Report on vaccination in Madras 1895-1903 - 1895-1903
Year: 1895
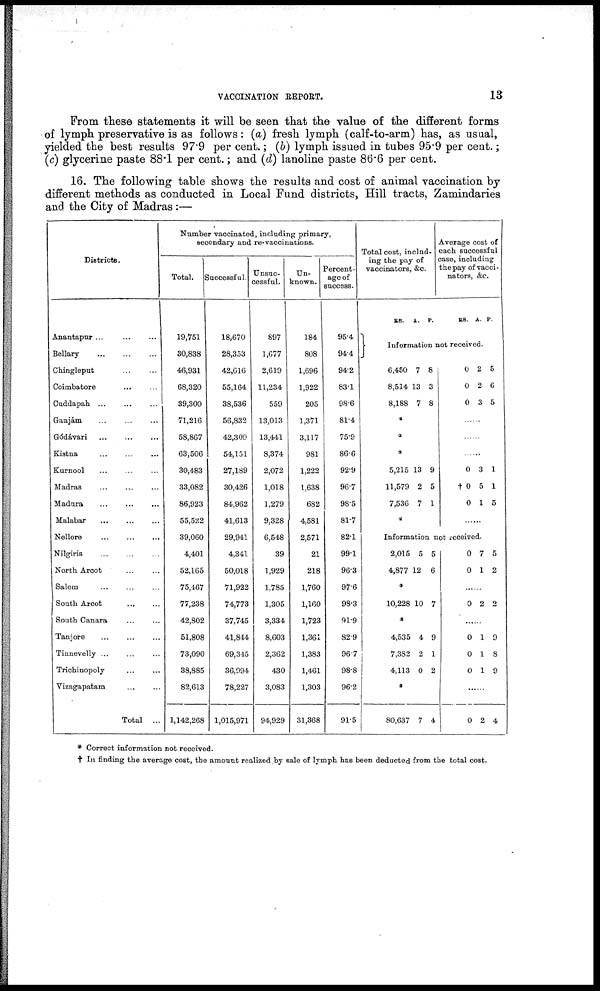
VACCINATION REPORT.
13
From these statements it will be seen that the value of the different forms
of lymph preservative is as follows: (a) fresh lymph (calf-to-arm) has, as usual,
yielded the best results 97.9 per cent.; (b) lymph issued in tubes 95.9 per cent.;
(c) glycerine paste 88.1 per cent.; and (d) lanoline paste 86.6 per cent.
16. The following table shows the results and cost of animal vaccination by
different methods as conducted in Local Fund districts, Hill tracts, Zamindaries
and the City of Madras:—
Districts.
Anantapur
...
...
...
Bellary
...
...
...
Chingleput ... ...
Coimbatore ... ...
Cuddapah ... ... ...
Ganjám ... ... ...
Gódávari
...
...
...
Kistna ... ... ...
Kurnool ... ... ...
Madras
...
...
...
Madura
...
...
...
Malabar
...
...
...
Nellore
...
...
...
Nilgiris ... ... ...
North Arcot ... ...
Salem ... ... ...
South Arcot ... ...
South Canara ... ...
Tanjore
...
...
...
Tinnevelly ... ... ...
Trichinopoly ... ...
Vizagapatam
...
...
Total ...
Number vaccinated, including primary,
secondary and re-vaccinations.
Total.
19,751
30,838
46,931
68,320
39,300
71,216
58,867
63,506
30,483
33,082
86,923
55,522
39,060
4,401
52,165
75,467
77,238
42,802
51,808
73,090
38,885
82,613
1,142,268
Successful.
18,670
28,353
42,616
55,164
38,536
56,832
42,309
54,151
27,189
30,426
84,962
41,613
29,941
4,341
50,018
71,922
74,773
37,745
41,844
69,345
36,994
78,227
1,015,971
Unsuc-
cessful.
897
1,677
2,619
11,234
559
13,013
13,441
8,374
2,072
1,018
1,279
9,328
6,548
39
1,929
1,785
1,305
3,334
8,603
2,362
430
3,083
94,929
Un-
known.
184
808
1,696
1,922
205
1,371
3,117
981
1,222
1,638
682
4,581
2,571
21
218
1,760
1,160
1,723
1,361
1,383
1,461
1,303
31,368
Percent-
age of
success.
95.4
94.4
94.2
83.1
98.6
81.4
75.9
86.6
92.9
96.7
98.5
81.7
82.1
99.1
96.3
97.6
98.3
91.9
82.9
96.7
98.8
96.2
91.5
Total cost, includ-
ing the pay of
vaccinators, &c.
Rs. A. P.
Average cost of
each successful
case, including
the pay of vacci-
nators, &c.
RS. A. P.
Information not received.
6,450
8,514
8,188
7
13
7
8
3
8
*
*
*
5,215
11,579
7,536
13
2
7
9
5
1
*
0
0
0
2
2
3
5
6
5
......
......
......
0
†0
0
3
5
1
1
1
5
.......
Information not received.
2,015
4,877
5
12
5
6
*
10,228 10 7
*
4,535
7,382
4,113
4
2
0
9
1
2
*
80,637 7 4
0
0
7
1
5
2
.......
0 2 2
......
0
0
0
1
1
1
9
8
9
......
0 2 4
* Correct information not received.
† In finding the average cost, the amount realized by sale of lymph has been deducted from the total cost.